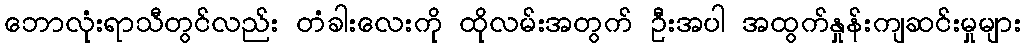
ဘောလုံးရာသီတွင်လည်း တံခါးလေးကို ထိုလမ်းအတွက် ဦးအပါ အထွက်နှုန်းကျဆင်းမှုများ